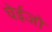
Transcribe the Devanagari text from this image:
घेईजो